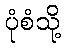
ပုံစံသို့